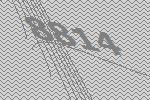
8814